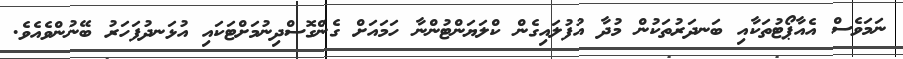
ނަމަވެސް އެއާޕޯޓުތަކާއި ބަނދަރުތަކުން މުދާ އުފުލައިގެން ކްލަޔަންޓުންނާ ހަމައަށް ގެންގޮސްދިނުމަށްޓަކައި އުޅަނދުފަހަރު ބޭނުންވެއެވެ.